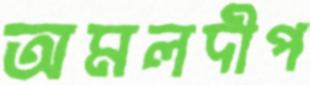
অমলদীপ